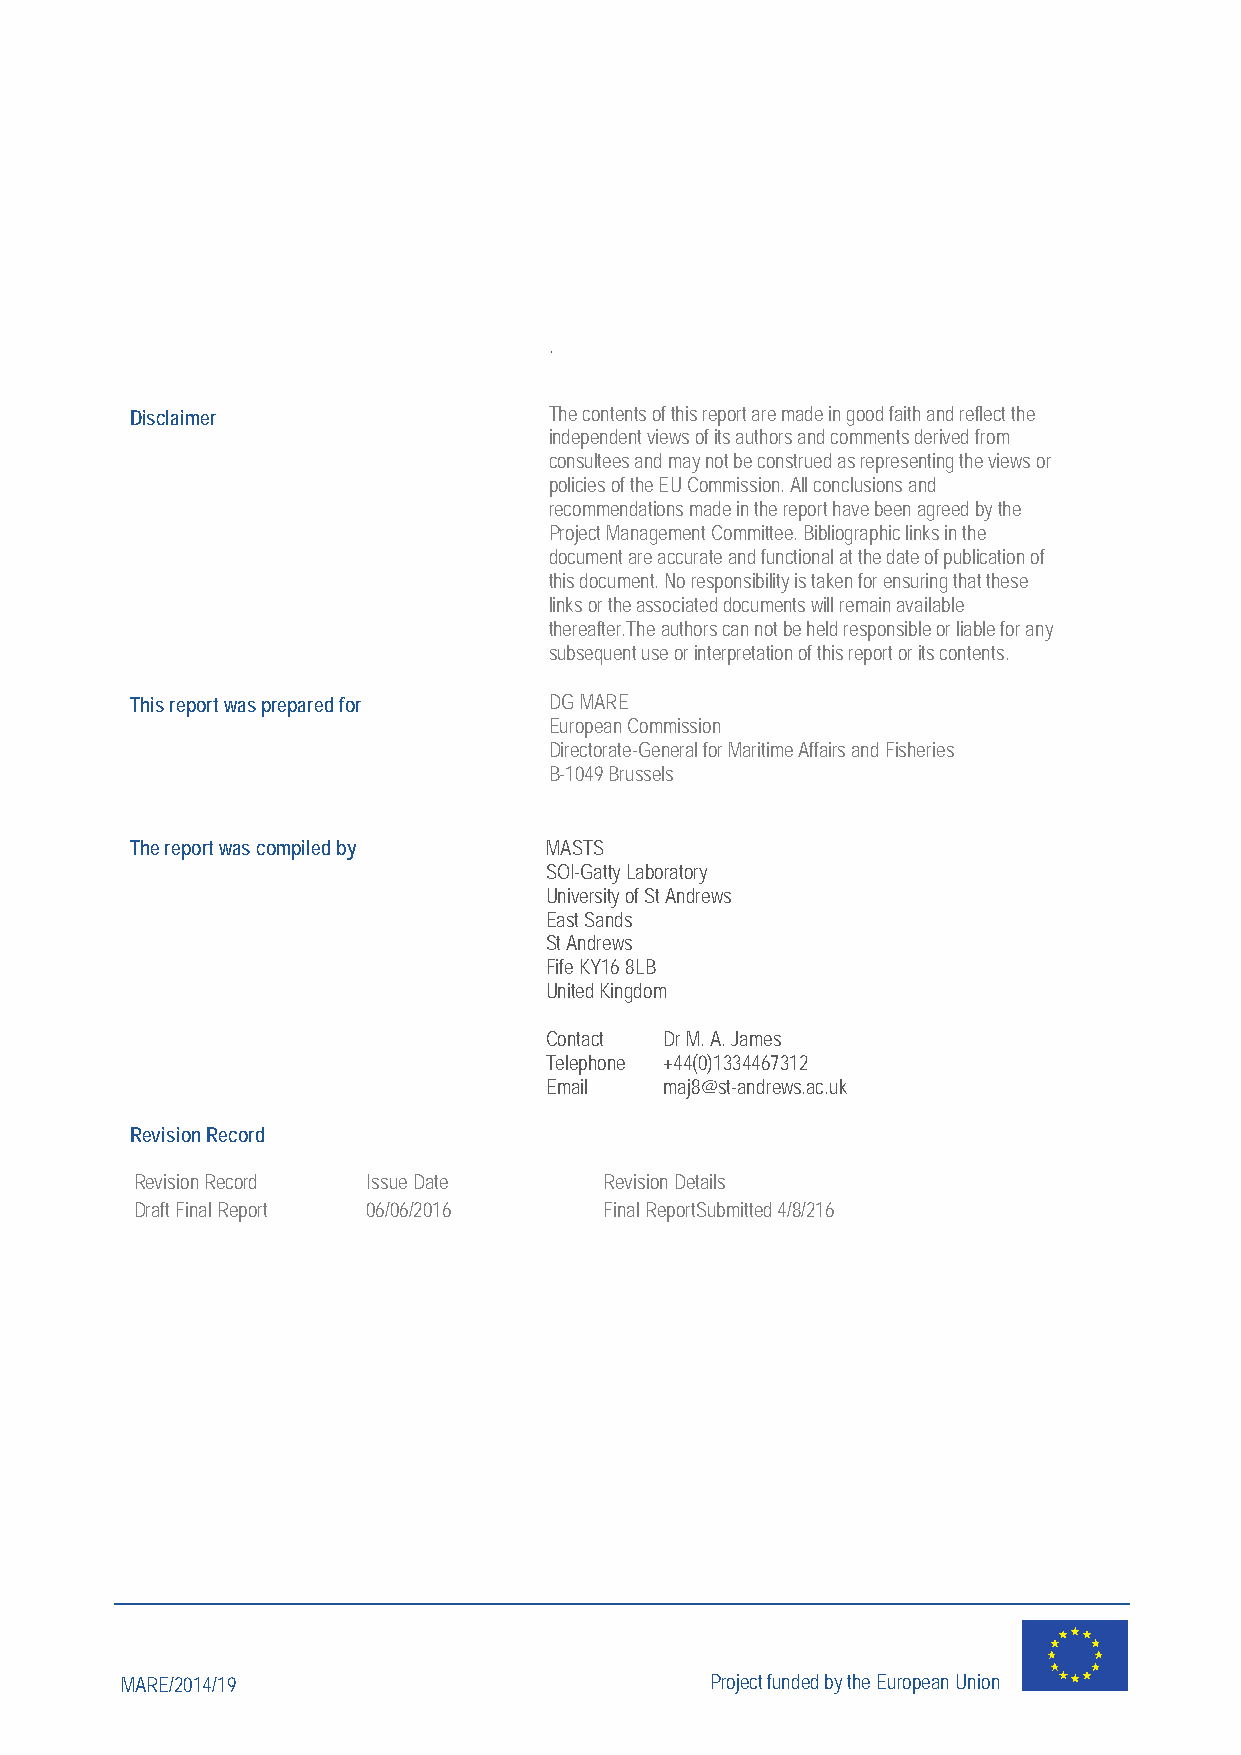
.
 Disclaimer                 The contents of this report are made in good faith and reflect the
 independent views of its authors and comments derived from
 consultees and may not be construed as representing the views or
 policies of the EU Commission. All conclusions and
 recommendations made in the report have been agreed by the
 Project Management Committee. Bibliographic links in the
 document are accurate and functional at the date of publication of
 this document. No responsibility is taken for ensuring that these
 links or the associated documents will remain available
 thereafter.The authors can not be held responsible or liable for any
 subsequent use or interpretation of this report or its contents.
 This report was prepared for DG MARE
 European Commission
 Directorate-General for Maritime Affairs and Fisheries
 B-1049 Brussels
 The report was compiled by MASTS
 SOI-Gatty Laboratory
 University of St Andrews
 East Sands
 St Andrews
 Fife KY16 8LB
 United Kingdom
 Contact Dr M. A. James
 Telephone +44(0)1334467312
 Email   maj8@st-andrews.ac.uk
 Revision Record
 Revision Record Issue Date     Revision Details
 Draft Final Report 06/06/2016  Final ReportSubmitted 4/8/216
 MARE/2014/19                           Project funded by the European Union